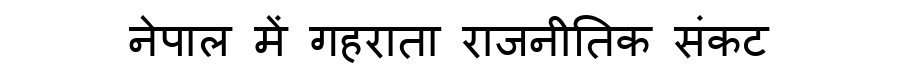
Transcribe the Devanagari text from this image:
नेपाल में गहराता राजनीतिक संकट